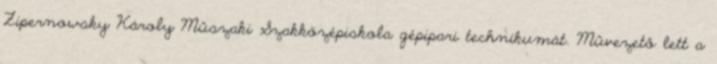
Zipernowsky Károly Mûszaki Szakközépiskola gépipari technikumát. Mûvezetô lett a